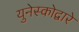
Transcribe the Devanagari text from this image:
युनेस्कोद्वारे